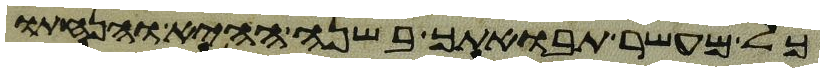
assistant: כל מעשר תבואתך בשנה ההיא והנחתו